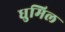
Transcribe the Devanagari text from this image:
धुमिल